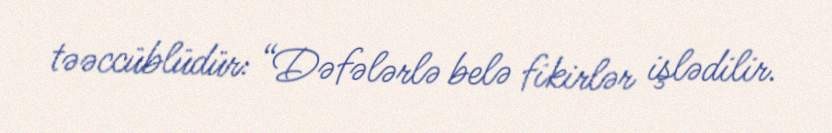
təəccüblüdür: “Dəfələrlə belə fikirlər işlədilir.